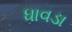
ધાવડા